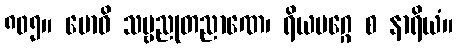
၈၀၅။ ဗောဓိ သဗ္ဗညုတညာဏေ၊ ရိယမဂ္ဂေ စ နာရိယံ။